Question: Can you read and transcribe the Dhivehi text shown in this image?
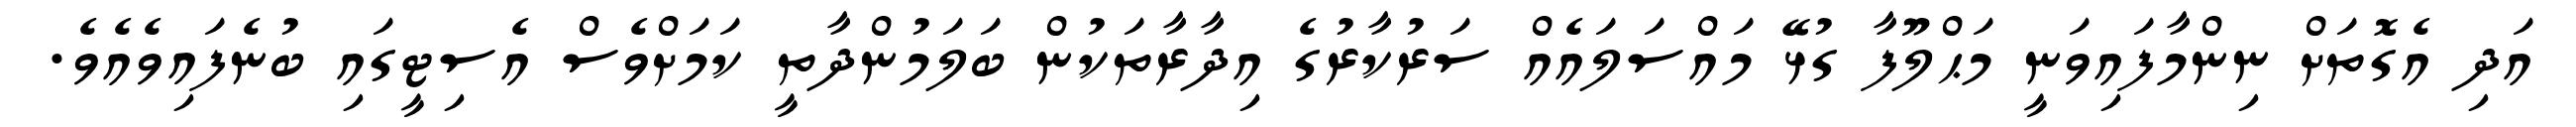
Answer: އަދި އެގޮތަށް ނިންމާފައިވަނީ މަޙްލޫފާ ގުޅޭ މައްސަލައެއް ސަރުކާރުގެ އިދާރާތަކުން ބަލަމުންދާތީ ކަމަށްވެސް އެސިޓީގައި ބުނެފައިވެއެވެ.